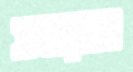
הקטע